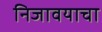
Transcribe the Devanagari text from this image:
निजावयाचा